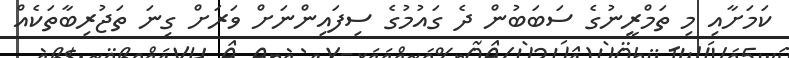
ކަމަށާއި މި ތަމްރީނުގެ ސަބަބުން ދެ ގައުމުގެ ސިފައިންނަށް ވަރަށް ގިނަ ތަޖުރިބާތަކެއް